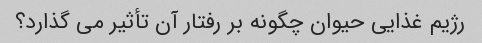
رژیم غذایی حیوان چگونه بر رفتار آن تأثیر می گذارد؟